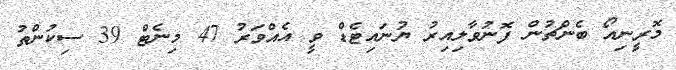
މޮރީނިއޯ ބެންޗުން ފޮނުވާލިއިރު ޔުނައިޓެޑް ވީ އެއްވަރު 47 މިނެޓް 39 ސިކުންތު